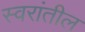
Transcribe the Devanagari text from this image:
स्वरांतील